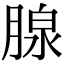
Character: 腺